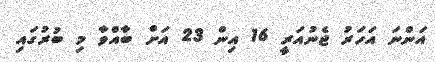
އަންނަ އަހަރު ޖެނުއަރީ 16 އިން 23 އަށް ބާއްވާ މި ބުރުގައި